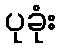
ပုခုံး